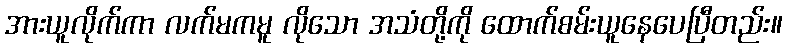
အားယူလိုက်ကာ လက်မကမူ လိုသော အသံတို့ကို ထောက်စမ်းယူနေပေပြီတည်း။